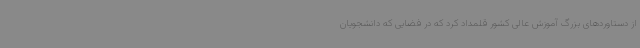
از دستاوردهای بزرگ آموزش عالی کشور قلمداد کرد که در فضایی که دانشجویان